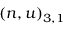
( n , u ) _ { 3 , 1 }